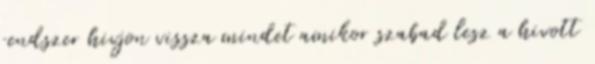
rendszer hivjon vissza mindet amikor szabad lesz a hivott